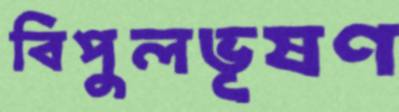
বিপুলভূষণ